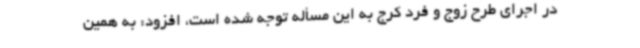
در اجرای طرح زوج و فرد کرج به این مسأله توجه شده است، افزود: به همین